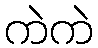
ကဲကဲ